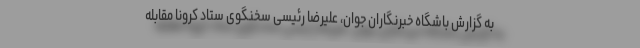
به گزارش باشگاه خبرنگاران جوان، علیرضا رئیسی سخنگوی ستاد کرونا مقابله